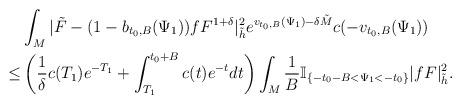
LaTeX: \begin{align*}&\int_{M}|\tilde{F}-(1-b_{t_0,B}(\Psi_1))fF^{1+\delta}|^2_{\tilde{h}}e^{v_{t_0,B}(\Psi_1)-\delta \tilde{M}}c(-v_{t_0,B}(\Psi_1))\\\le & \left(\frac{1}{\delta}c(T_1)e^{-T_1}+\int_{T_1}^{t_0+B}c(t)e^{-t}dt\right)\int_M \frac{1}{B} \mathbb{I}_{\{-t_0-B< \Psi_1 < -t_0\}} |fF|^2_{\tilde{h}}.\end{align*}